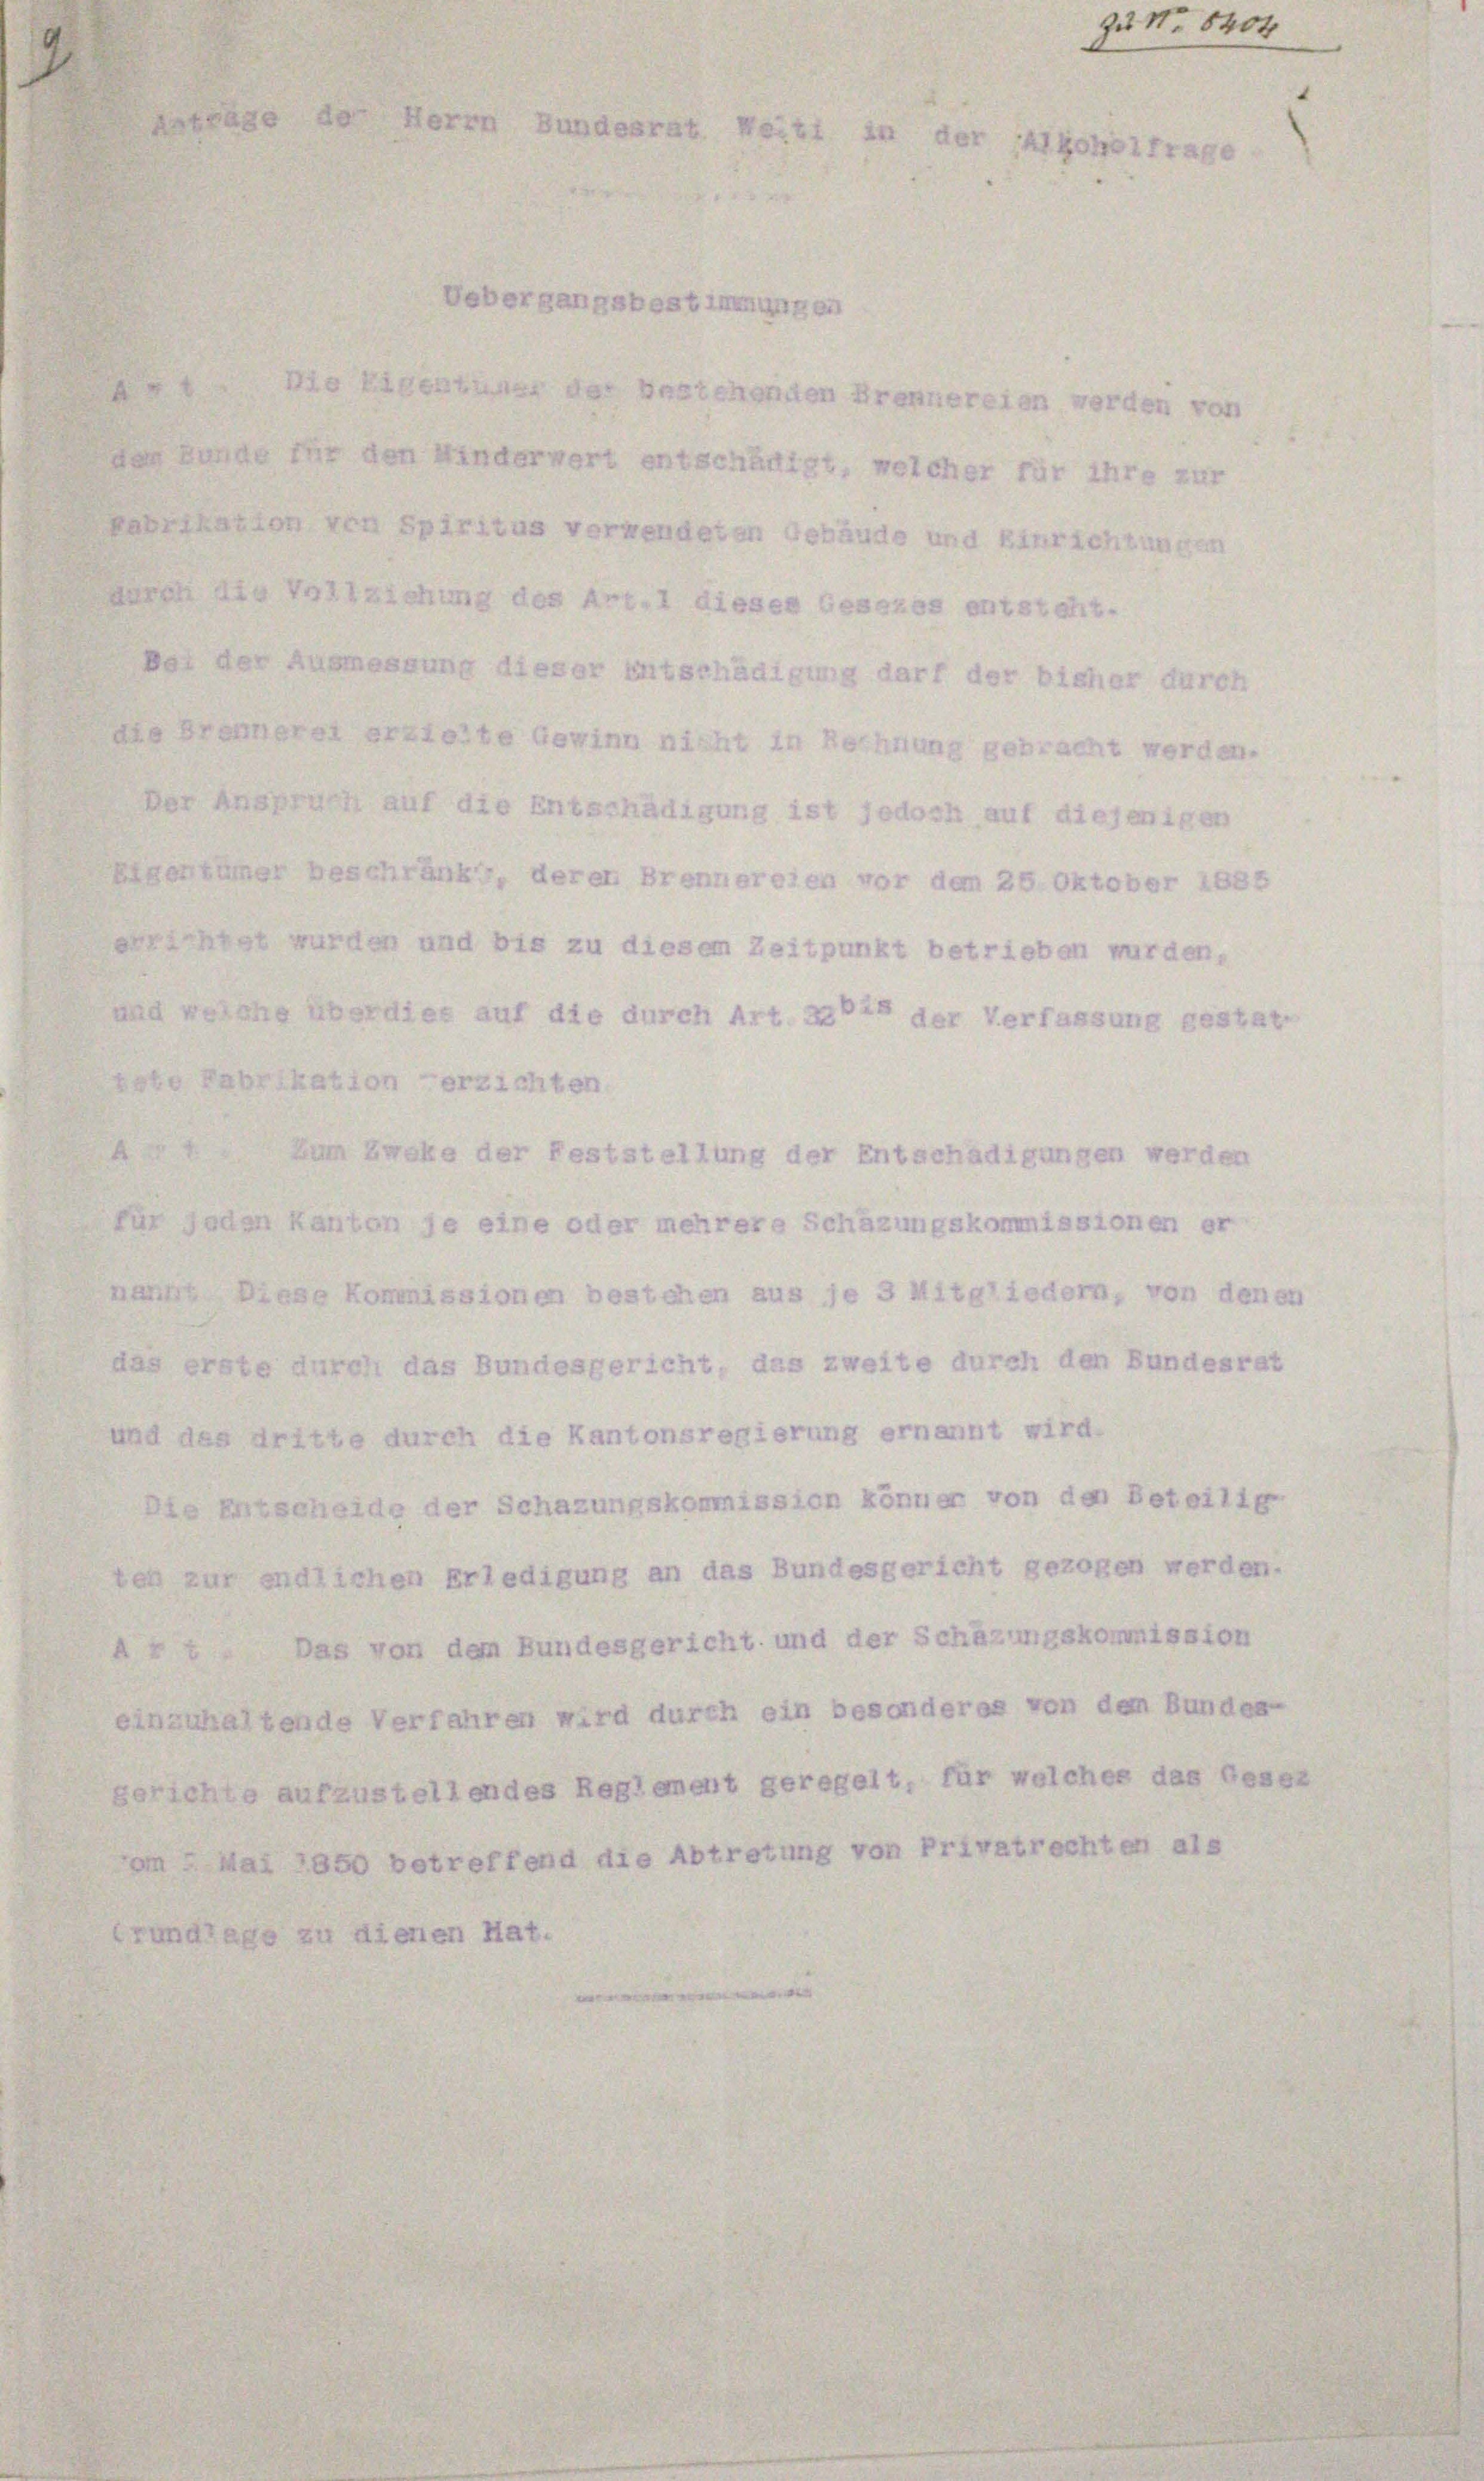
1

sicher für
e und Einr

ewinn nicht in Rechnung gebracht werden.
nitschädigung ist jedoch auf diejenigen
eren Brennereien vor dem 26. Oktober 1858
zu diesem Zeitpunkt betrieben wurden.
die durch Art. 24 der Verfassung gestat
ten
Feststellung der Entschädigungen werden
oder mehrere Schazungskommissionen er
n bestehen aus je 3 Mitgliedern, von den
esgericht, das zweite durch den Bundesrat
Kantonsregierung ernannt wird.
azungskommission könner von den Beteilig
gung an das Bundesgericht gezogen werden

der biet

ihr

1

entsteht.